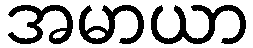
အမာယာ